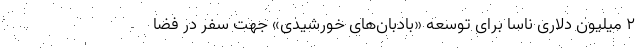
۲ میلیون دلاری ناسا برای توسعه «بادبان‌های خورشیدی» جهت سفر در فضا